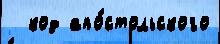
  код апо́стольского